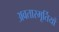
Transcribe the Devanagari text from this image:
अवतारमूर्तियों